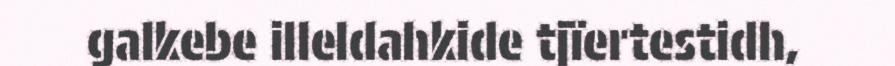
galkebe illeldahkide tjïertestidh,